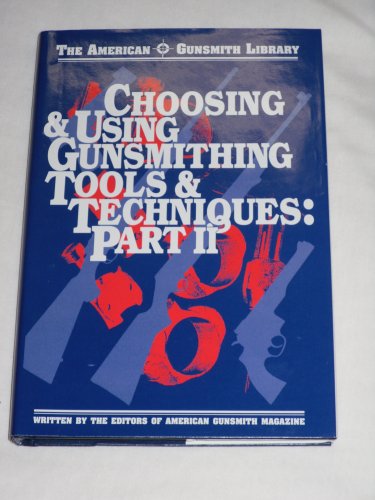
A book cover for Choosing & Using Gunsmithing Tools & Techniques Part 2 (American Gunsmith Library); Crafts, Hobbies & Home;